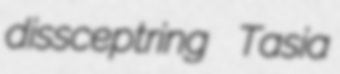
dissceptring Tasia